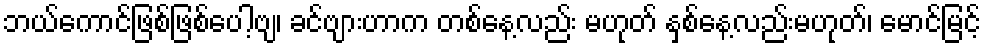
ဘယ်ကောင်ဖြစ်ဖြစ်ပေါ့ဗျ၊ ခင်ဗျားဟာက တစ်နေ့လည်း မဟုတ် နှစ်နေ့လည်းမဟုတ်၊ မောင်မြင့်